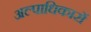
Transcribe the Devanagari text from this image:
अल्पाधिकारों